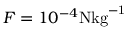
F = 1 0 ^ { - 4 } \mathrm { N { k g } ^ { - 1 } }